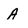
Character: A